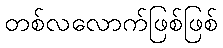
တစ်လလောက်ဖြစ်ဖြစ်